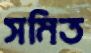
সমিত